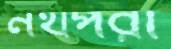
নথপরা